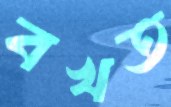
বখত